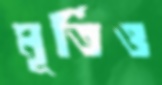
মূর্তিও